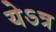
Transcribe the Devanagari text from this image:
येऽत्र